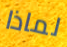
لماذا